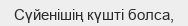
Сүйенішің күшті болса,